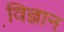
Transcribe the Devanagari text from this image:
वि़ज्ञान